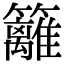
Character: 籬